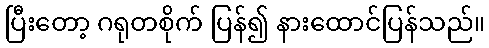
ပြီးတော့ ဂရုတစိုက် ပြန်၍ နားထောင်ပြန်သည်။